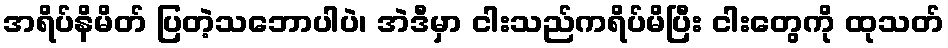
အရိပ်နိမိတ် ပြတဲ့သဘောပါပဲ၊ အဲဒီမှာ ငါးသည်ကရိပ်မိပြီး ငါးတွေကို ထုသတ်